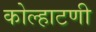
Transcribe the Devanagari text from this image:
कोल्हाटणी